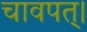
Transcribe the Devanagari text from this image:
चावपत्।